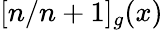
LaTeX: [n/n+1]_{g}(x)